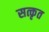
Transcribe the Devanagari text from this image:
सत्कृत